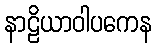
နာဠိယာဝါပကေန